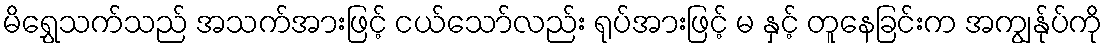
မိရွှေသက်သည် အသက်အားဖြင့် ငယ်သော်လည်း ရုပ်အားဖြင့် မ နှင့် တူနေခြင်းက အကျွန်ုပ်ကို